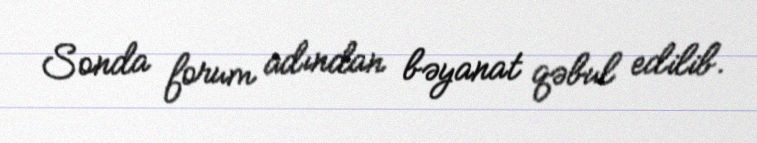
Sonda forum adından bəyanat qəbul edilib.